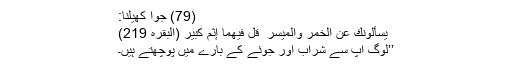
(79) جوا کھیلنا:
يَسْأَلُونَكَ عَنِ الْخَمْرِ وَالْمَيْسِرِ ۖ قُلْ فِيهِمَا إِثْمٌ كَبِيرٌ (البقرہ 219)
’’لوگ آپ سے شراب اور جوئے کے بارے میں پوچھتے ہیں۔